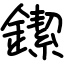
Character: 䥛